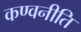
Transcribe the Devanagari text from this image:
कण्वनीति